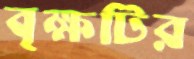
বৃক্ষটির